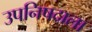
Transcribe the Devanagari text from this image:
उपनिषदाला